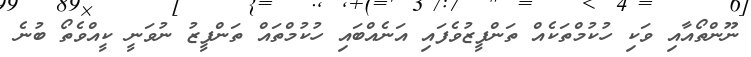
ނޫންތޯއާއި ވަކި ހުުކުމްތަކެއް ތަންފީޒުވެފައި އަނެއްބައި ހުކުމްތައް ތަންފީޒު ނުވަނީ ކީއްވެތޯ ބުނެ